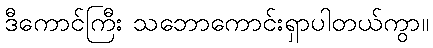
ဒီကောင်ကြီး သဘောကောင်းရှာပါတယ်ကွာ။